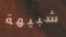
شبيهة